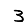
Digit: 3